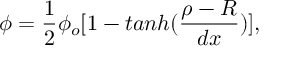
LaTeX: \phi = \frac { 1 } { 2 } \phi _ { o } [ 1 - t a n h ( \frac { \rho - R } { d x } ) ] ,